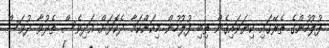
ފުލުހުންގެ ތެރޭގައި ކިޔަވައިގެން ތިބި ފުލުހުން މިކަންކަމާ ދެކޮޅަށް އަދިވެސް ތެދުވާ ދުވަސް